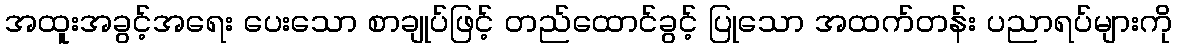
အထူးအခွင့်အရေး ပေးသော စာချုပ်ဖြင့် တည်ထောင်ခွင့် ပြုသော အထက်တန်း ပညာရပ်များကို